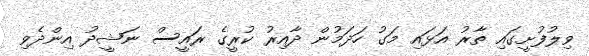
ވިލުފުށީގައި ތާރު އަޅައި މަގު ހަދަމުން ދާއިރު ކުރީގެ ރައީސް ނަޝީދު އިންދެވި